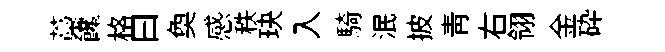
藁饞格曰奐感秩玦入騎泯披青右翎金砕